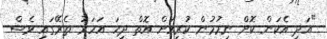
"އަދި އެކަން ކޮށް ނިމުމުން ކުރިއަށް އޮތް ދިހަ އަހަރު ތެރޭގައި ވެސް